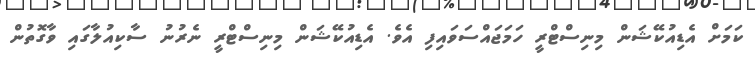
ކަމަށް އެޑިއުކޭޝަން މިނިސްޓްރީ ހަމަޖައްސަވައިފި އެވެ. އެޑިއުކޭޝަން މިނިސްޓްރީ ނެރުނު ސާކިއުލާގައި ވާގޮތުން